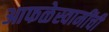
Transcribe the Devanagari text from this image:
आफळेस्वामींची